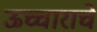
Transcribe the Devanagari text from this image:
ऊच्चाराचे